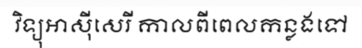
វិទ្យុអាស៊ីសេរី កាលពីពេលកន្លងទៅ